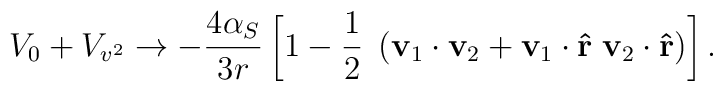
V_{0} + V_{v^{2}} \rightarrow - \frac { 4 \alpha_{S}}{3 r} \left[1 - \frac{1}{2} \; \left( \bf v_{\rm 1} \cdot v_{\rm 2} +v_{\rm 1} \cdot \hat{r} \; v_{\rm 2} \cdot \hat{r} \right) \right].